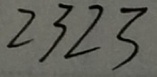
2 3 2 3